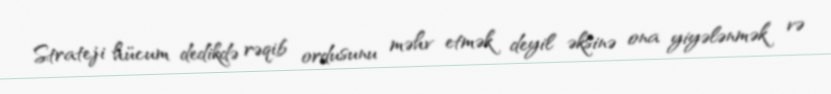
Strateji hücum dedikdə rəqib ordusunu məhv etmək deyil əksinə ona yiyələnmək və